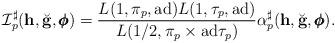
LaTeX: \begin{align*}\mathcal I_p^{\sharp}(\mathbf h, \breve{\mathbf g}, \pmb{\phi}) = \frac{L(1,\pi_p,\mathrm{ad})L(1,\tau_p,\mathrm{ad})}{L(1/2,\pi_p\times \mathrm{ad}\tau_p)}\alpha_p^{\sharp}(\mathbf h, \breve{\mathbf g}, \pmb{\phi}).\end{align*}